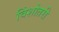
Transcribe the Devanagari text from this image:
विंशोतरी